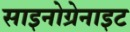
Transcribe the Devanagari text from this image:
साइनोग्रेनाइट